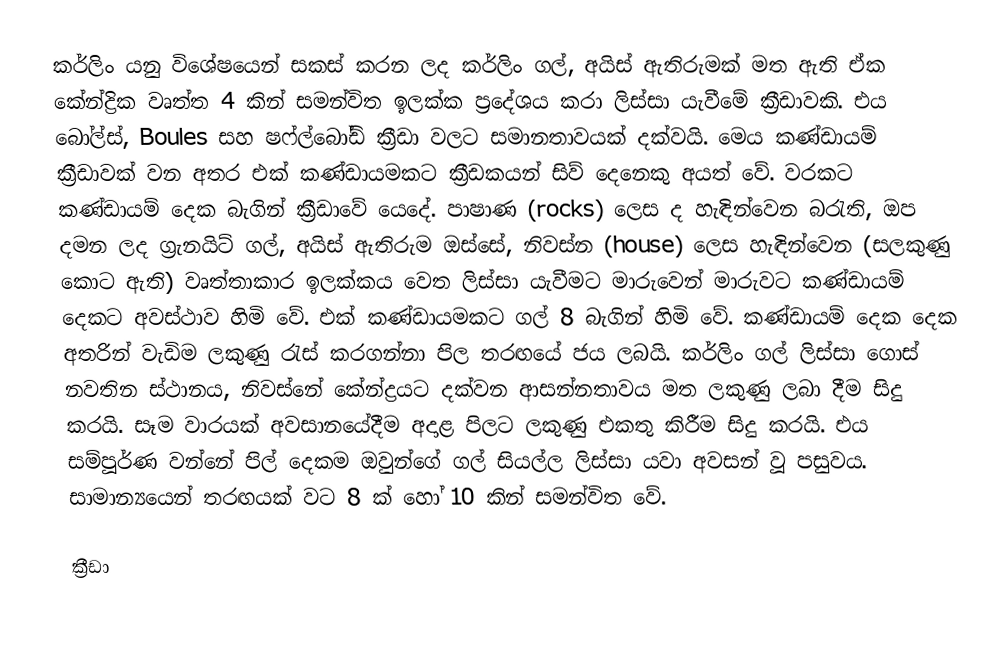
කර්ලිං යනු විශේෂයෙන් සකස් කරන ලද කර්ලිං ගල්, අයිස් ඇතිරුමක් මත ඇති ඒක කේන්ද්‍රික වෘත්ත 4 කින් සමන්විත ඉලක්ක ප්‍රදේශය කරා ලිස්සා යැවීමේ ක්‍රීඩාවකි. එය බෝල්ස්, Boules සහ ෂෆ්ල්බෝඩ් ක්‍රීඩා වලට සමානතාවයක් දක්වයි. මෙය කණ්ඩායම් ක්‍රීඩාවක් වන අතර එක් කණ්ඩායමකට ක්‍රීඩකයන් සිව් දෙනෙකු අයත් වේ. වරකට කණ්ඩායම් දෙක බැගින් ක්‍රීඩාවේ යෙදේ. පාෂාණ  (rocks) ලෙස ද හැඳින්වෙන බරැති, ඔප දමන ලද ග්‍රැනයිට් ගල්, අයිස් ඇතිරුම ඔස්සේ, නිවස්න (house) ලෙස හැඳින්වෙන (සලකුණු කොට ඇති) වෘත්තාකාර ඉලක්කය වෙත ලිස්සා යැවීමට මාරුවෙන් මාරුවට කණ්ඩායම් දෙකට අවස්ථාව හිමි වේ. එක් කණ්ඩායමකට ගල් 8 බැගින් හිමි වේ. කණ්ඩායම් දෙක දෙක අතරින් වැඩිම ලකුණු රැස් කරගන්නා පිල තරඟයේ ජය ලබයි.  කර්ලිං ගල් ලිස්සා ගොස් නවතින ස්ථානය, නිවස්නේ කේන්ද්‍රයට දක්වන ආසන්නතාවය මත ලකුණු ලබා දීම සිදු කරයි. සෑම වාරයක් අවසානයේදීම අදාළ පිලට ලකුණු එකතු කිරීම සිදු කරයි. එය සම්පූර්ණ වන්නේ පිල් දෙකම ඔවුන්ගේ ගල් සියල්ල ලිස්සා යවා අවසන් වූ පසුවය. සාමාන්‍යයෙන් තරඟයක් වට 8 ක් හෝ 10 කින් සමන්විත වේ.

ක්‍රීඩා